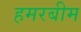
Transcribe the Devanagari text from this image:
हमरबीम